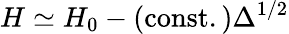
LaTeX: H\simeq H_{0}-\mathrm{(const.)}\Delta^{1/2}